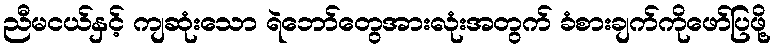
ညီမငယ်နှင့် ကျဆုံးသော ရဲဘော်တွေအားလုံးအတွက် ခံစားချက်ကိုဖော်ပြဖို့